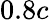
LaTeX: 0.8c